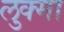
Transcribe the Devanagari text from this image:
लुक्मा